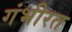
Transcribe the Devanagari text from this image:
गंभीरत